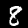
Digit: 8